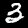
Label: 3